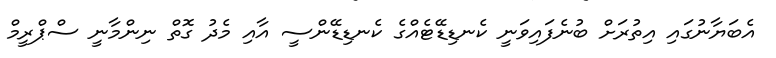
އެބަޔާނުގައި އިތުރަށް ބުނެފައިވަނީ ކެނޑިޑޭޓެއްގެ ކެނޑިޑޭންސީ އާއި މެދު ގޮތް ނިންމާނީ ސްޕްރީމް